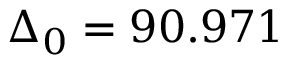
\Delta _ { 0 } = 9 0 . 9 7 1